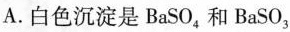
A.白色沉淀是BaSO_{4}，和BaSO_{3}